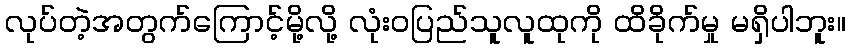
လုပ်တဲ့အတွက်ကြောင့်မို့လို့ လုံးဝပြည်သူလူထုကို ထိခိုက်မှု မရှိပါဘူး။